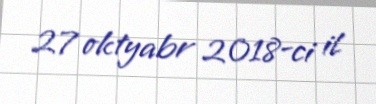
27 oktyabr 2018-ci il